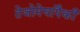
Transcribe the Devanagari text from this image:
तेजोमेघांपैकी